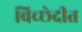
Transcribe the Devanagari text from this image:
विच्छेदीत